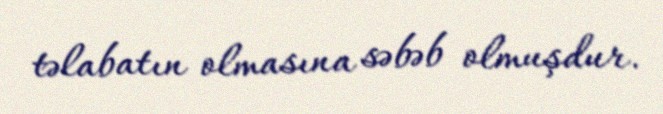
təlabatın olmasına səbəb olmuşdur.